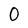
Character: 0